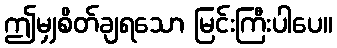
ဤမျှစိတ်ချရသော မြင်းကြီးပါပေ။